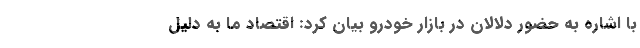
با اشاره به حضور دلالان در بازار خودرو بیان کرد: اقتصاد ما به دلیل